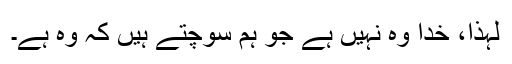
لہٰذا، خُدا وہ نہیں ہے جو ہم سوچتے ہیں کہ وہ ہے۔